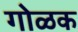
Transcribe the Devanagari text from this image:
गोळक